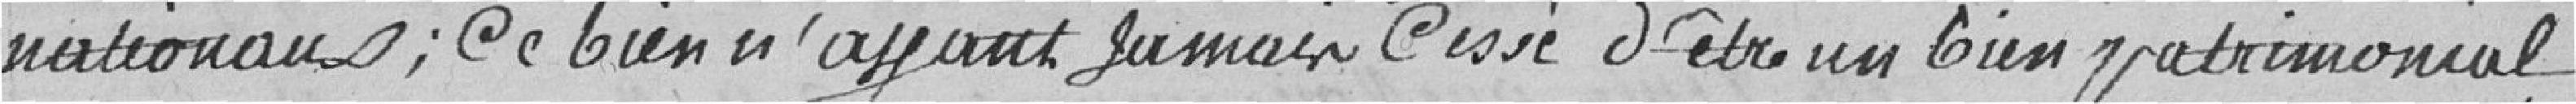
nationaux ; ce bien n'ayant jamais cessé d'être un bien patrimonial